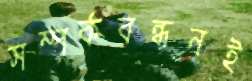
সম্পর্কবন্ধনই